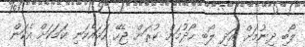
ލޯބި ދިނުމަށް އަދި ލޯބި ހޯދުމަށް ކުރަން ޖެހޭ ހަމައެކަނި ކަމަކަށް އެކަން